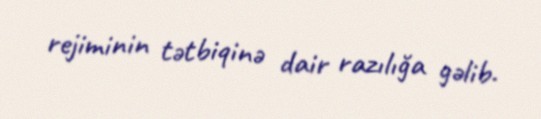
rejiminin tətbiqinə dair razılığa gəlib.